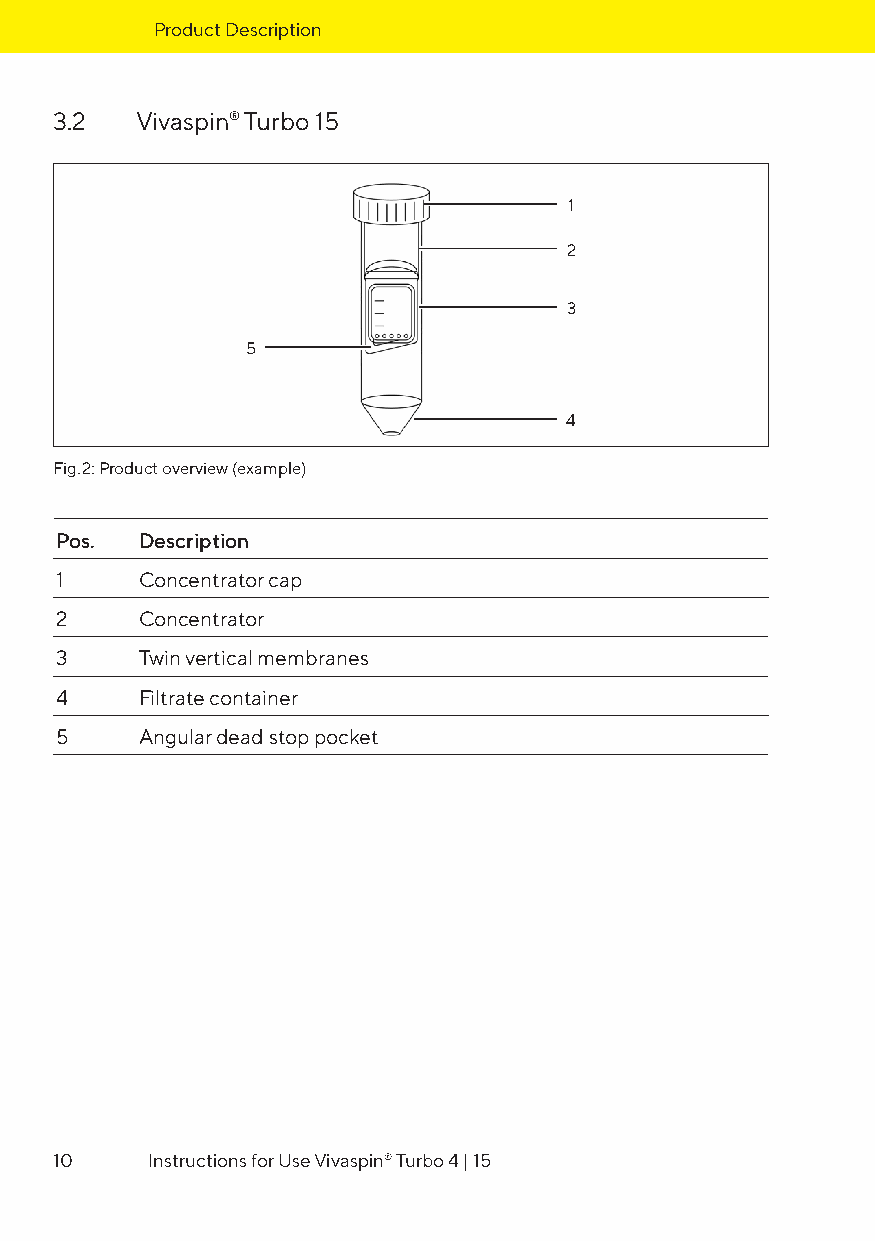
Product Description
 3.2  Vivaspin® Turbo 15
 1
 2
 3
 5
 4
 Fig. 2: Product overview (example)
 Pos . Description
 1    Concentrator cap
 2    Concentrator
 3    Twin vertical membranes
 4    Filtrate container
 5    Angular dead stop pocket
 10    Instructions for Use Vivaspin® Turbo 4 | 15